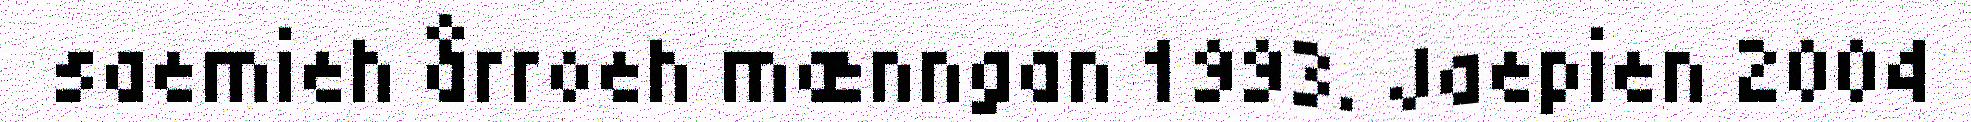
saemieh årroeh mænngan 1993. Jaepien 2004